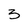
Character: 3